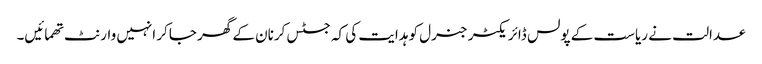
عدالت نے ریاست کے پولس ڈائریکٹر جنرل کو ہدایت کی کہ جسٹس کرنان کے گھر جاکر انہیں وارنٹ تھمائیں۔